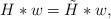
LaTeX: \begin{align*} H * w = \tilde{H} * w, \end{align*}